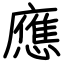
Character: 應